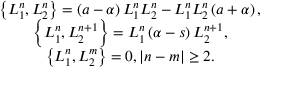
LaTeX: \begin{array} { c } { { \left\{ L _ { 1 } ^ { n } , L _ { 2 } ^ { n } \right\} = \left( a - \alpha \right) L _ { 1 } ^ { n } L _ { 2 } ^ { n } - L _ { 1 } ^ { n } L _ { 2 } ^ { n } \left( a + \alpha \right) , } } \\ { { \left\{ L _ { 1 } ^ { n } , L _ { 2 } ^ { n + 1 } \right\} = L _ { 1 } ^ { n } \left( \alpha - s \right) L _ { 2 } ^ { n + 1 } , } } \\ { { \left\{ L _ { 1 } ^ { n } , L _ { 2 } ^ { m } \right\} = 0 , \left| n - m \right| \geq 2 . } } \end{array}